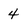
Character: 4